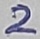
Text: 2